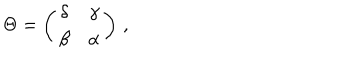
LaTeX: \Theta = \left( \begin{array} { c c } { { \delta } } & { { \gamma } } \\ { { \beta } } & { { \alpha } } \\ \end{array} \right) \, ,